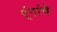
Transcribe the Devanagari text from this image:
र्ंगांचे